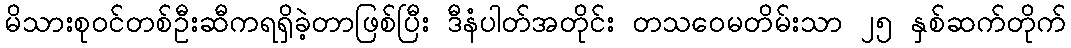
မိသားစုဝင်တစ်ဦးဆီကရရှိခဲ့တာဖြစ်ပြီး ဒီနံပါတ်အတိုင်း တသဝေမတိမ်းသာ ၂၅ နှစ်ဆက်တိုက်